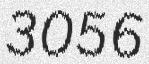
3056